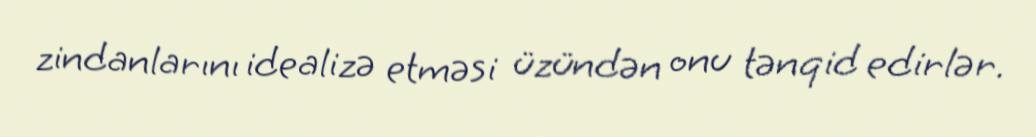
zindanlarını idealizə etməsi üzündən onu tənqid edirlər.